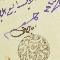
كاتب امين متى شيخ قرية دريا ٣١٦